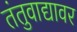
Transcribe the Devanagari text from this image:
तंतुवाद्यावर